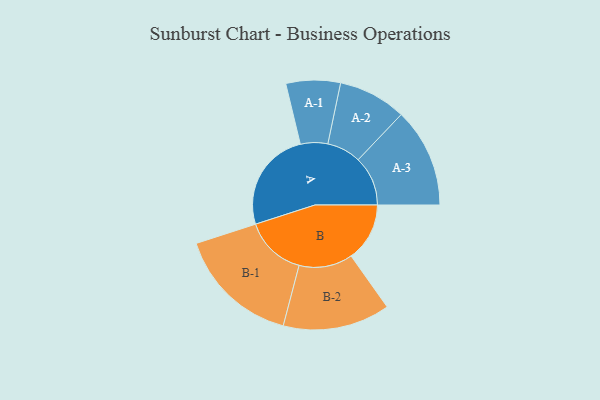
{"axis": {"x": "Segment", "y": "Value"}, "legend": ["", "A", "B"], "data": [{"x": "A", "y": 490, "type": ""}, {"x": "B", "y": 284, "type": ""}, {"x": "A-1", "y": 132, "type": "A"}, {"x": "A-2", "y": 165, "type": "A"}, {"x": "A-3", "y": 241, "type": "A"}, {"x": "B-1", "y": 298, "type": "B"}, {"x": "B-2", "y": 260, "type": "B"}]}